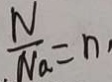
. \frac { N } { N a } = n .